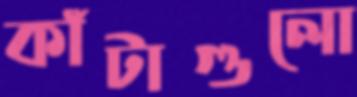
কাঁটাগুলো